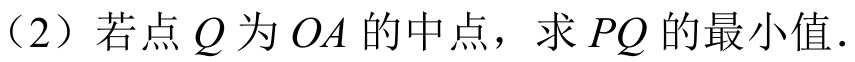
（2）若点\(Q\)为\(OA\)的中点，求\(PQ\)的最小值．